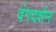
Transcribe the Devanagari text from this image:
वंगदर्शन